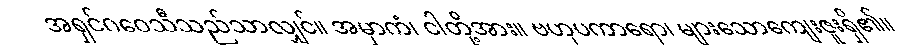
အရှင်ဂဝေသီသည်သာလျှင်။ အမှာကံ၊ ငါတို့အား။ ဗဟုပကာရော၊ များသောကျေးဇူးရှိ၏။